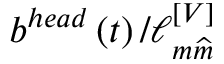
b ^ { h e a d } \left( t \right) / \ell _ { m \widehat { m } } ^ { \left[ V \right] }